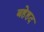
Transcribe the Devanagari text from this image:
बहेहद